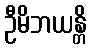
ဦမိဘယန္တိ